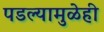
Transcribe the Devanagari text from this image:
पडल्यामुळेही